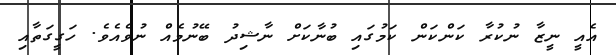
އެއީ ނީޒާ ނުކުރާ ކަންކަން ކަމުގައި ބުނާކަށް ނާޝިދު ބޭނުމެއް ނުވެއެވެ. ހަގީގަތާއި